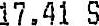
17.41 S